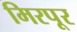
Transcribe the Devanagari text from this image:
मिरपूर